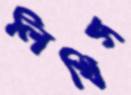
লিখিস